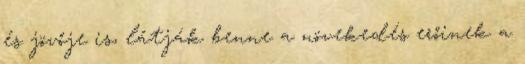
és jövője is, látják benne a növekedés erőinek a